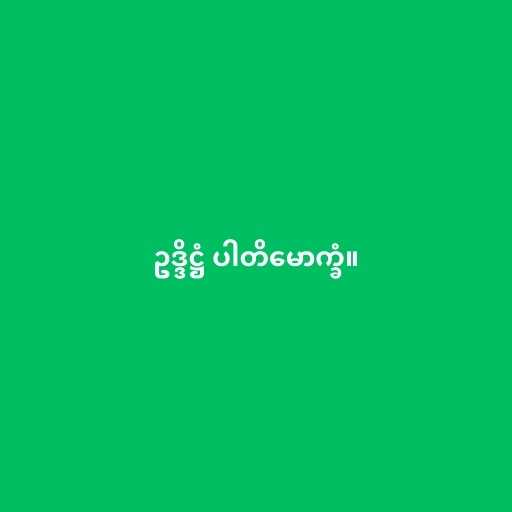
ဥဒ္ဒိဋ္ဌံ ပါတိမောက္ခံ။